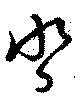
沓